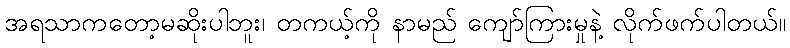
အရသာကတော့မဆိုးပါဘူး၊ တကယ့်ကို နာမည် ကျော်ကြားမှုနဲ့ လိုက်ဖက်ပါတယ်။